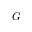
G